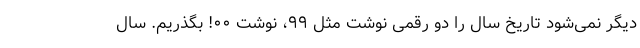
دیگر نمی‌شود تاریخ سال را دو رقمی نوشت مثل ۹۹، نوشت ۰۰! بگذریم. سال